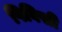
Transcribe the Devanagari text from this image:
पिविसी